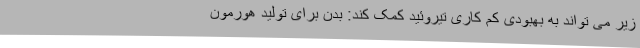
زیر می تواند به بهبودی کم کاری تیروئید کمک کند: بدن برای تولید هورمون